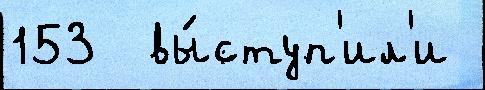
153  вы́ступ'ил'и